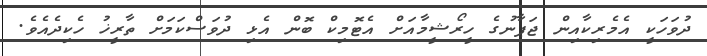
ދުވަހަކީ އެމެރިކާއިން ޖަޕާނުގެ ހީރޯޝީމާއަށް އެޓޮމިކް ބޮން އެޅި ދުވަސްކަމަށް ތާރީޚު ހެކިދެއެވެ.